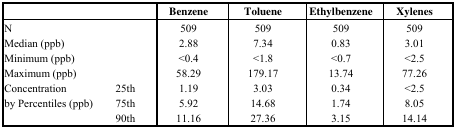
| <COLSPAN=2>  | Benzene | Toluene | Ethylbenzene | Xylenes |
 | --- | --- | --- | --- | --- | --- |
 | N |  | 509 | 509 | 509 | 509 |
 | Median (ppb) |  | 2.88 | 7.34 | 0.83 | 3.01 |
 | Minimum (ppb) |  | <0.4 | <1.8 | <0.7 | <2.5 |
 | Maximum (ppb) |  | 58.29 | 179.17 | 13.74 | 77.26 |
 | <ROWSPAN=3> Concentration by Percentiles (ppb) | 25th | 1.19 | 3.03 | 0.34 | <2.5 |
 | 75th | 5.92 | 14.68 | 1.74 | 8.05 |
 | 90th | 11.16 | 27.36 | 3.15 | 14.14 |